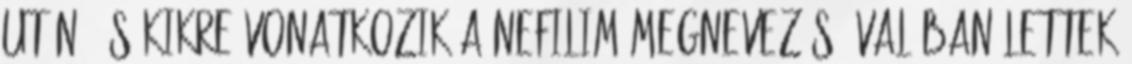
után, és kikre vonatkozik a Nefilim megnevezés? Valóban lettek